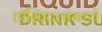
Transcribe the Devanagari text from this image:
हॉस्पिटलांमध्ये